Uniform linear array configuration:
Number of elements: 4
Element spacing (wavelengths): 0.75
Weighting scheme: exponential
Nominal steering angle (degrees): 30
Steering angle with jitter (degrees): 29.766
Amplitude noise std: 0.05
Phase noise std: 0.05

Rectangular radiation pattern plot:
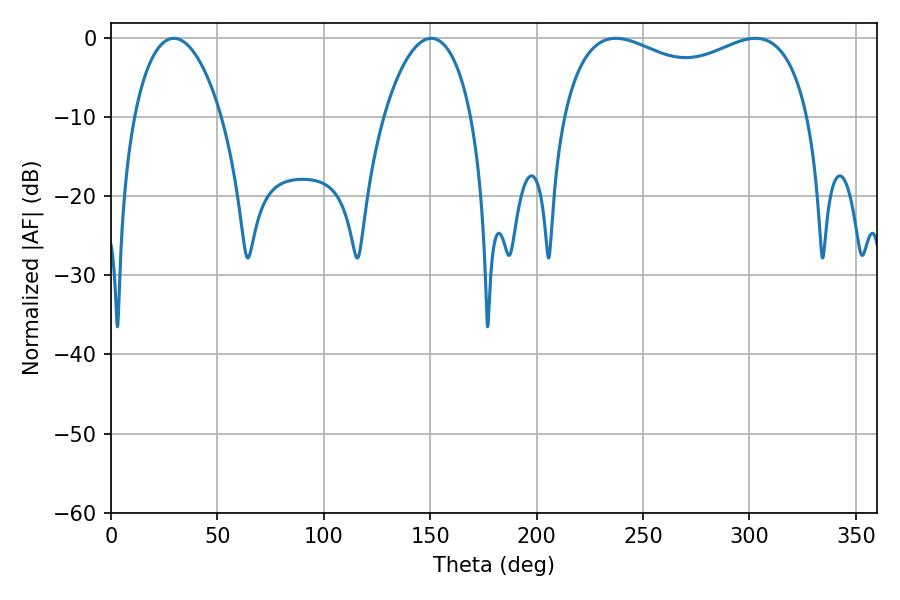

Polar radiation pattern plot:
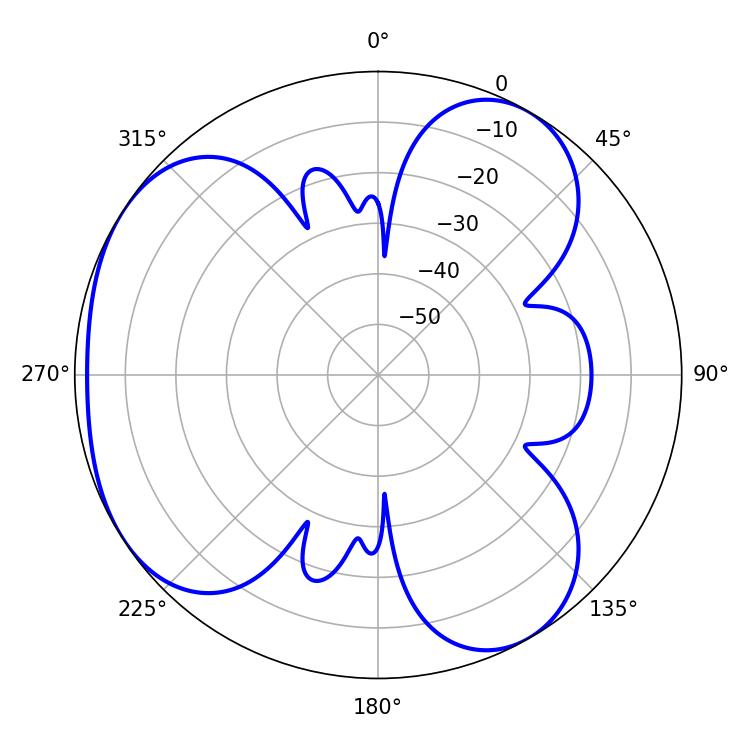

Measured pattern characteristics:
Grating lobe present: TRUE
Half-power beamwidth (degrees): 23.22
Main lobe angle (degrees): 29.52